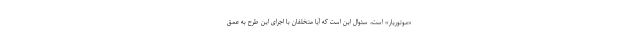
«موتوریار» است، سئوال این است که آیا متخلفان با اجرای این طرح به عمق